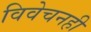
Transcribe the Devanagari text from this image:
विवेचनही